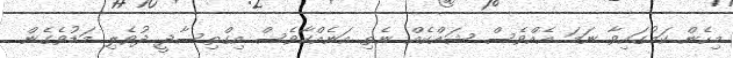
މިހެން ކަމުގައިވާ ނަމަ އެއްވެސް ޝައްކެއް ނެތި އަނެއްކާވެސް އިގްތިސާދީ ދުވެލި މަޑުވެގެން